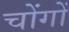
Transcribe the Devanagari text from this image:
चोंगों